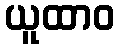
ယူထာဝ